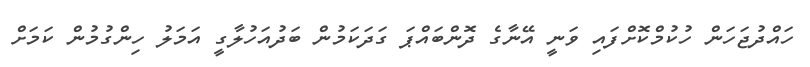
ހައްދުޖަހަން ހުކުމްކޮށްފައި ވަނީ އޭނާގެ ދޮންބައްޕަ ގަދަކަމުން ބަދުއަހުލާގީ އަމަލު ހިންގުމުން ކަމަށް